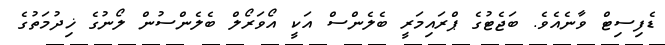
ޑެފިސިޓް ވާނެއެވެ. ބަޖެޓުގެ ޕްރައިމަރީ ބެލެންސް އަކީ އޯވަރޯލް ބެލެންސުން ލޯނުގެ ޚިދުމަތުގެ